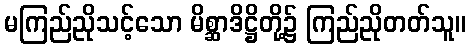
မကြည်ညိုသင့်သော မိစ္ဆာဒိဋ္ဌိတို့၌ ကြည်ညိုတတ်သူ။